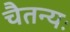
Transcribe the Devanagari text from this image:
चैतन्यः